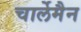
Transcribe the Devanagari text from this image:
चार्लेमैन